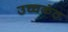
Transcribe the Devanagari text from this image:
उच्चकंठ